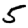
Digit: 5